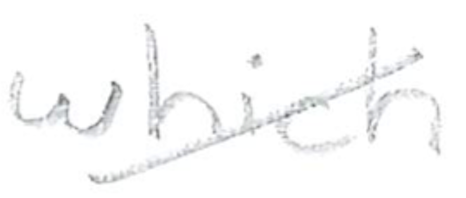
Text: which
Cross-out: diagonal
Writing tool: pencil